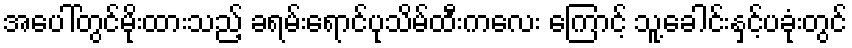
အပေါ်တွင်မိုးထားသည့် ခရမ်းရောင်ပုသိမ်ထီးကလေး ကြောင့် သူ့ခေါင်းနှင့်ပခုံးတွင်